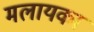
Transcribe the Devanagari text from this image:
मलायका